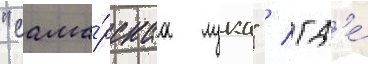
"сама́рскаа лука" / гд'е́